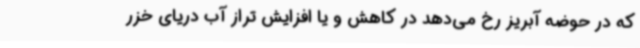
که در حوضه آبریز رخ می‌دهد در کاهش و یا افزایش تراز آب دریای خزر